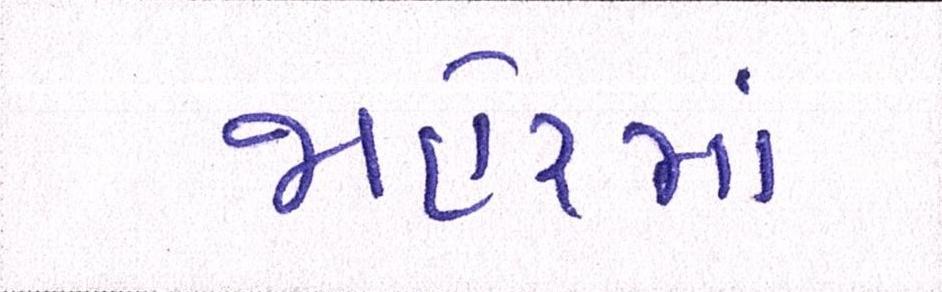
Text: જાહેરમાં